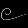
Digit: ၉